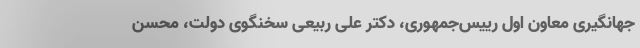
جهانگیری معاون اول رییس‌جمهوری، دکتر علی ربیعی سخنگوی دولت، محسن